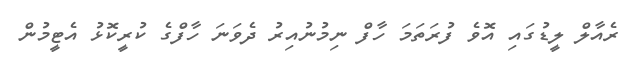
ރެއާލް ލީޑުގައި އޮވެ ފުރަތަމަ ހާފް ނިމުނުއިރު ދެވަނަ ހާފްގެ ކުރީކޮޅު އެޓީމުން